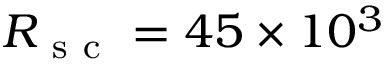
R _ { \mathrm { ~ s ~ c ~ } } = 4 5 \times 1 0 ^ { 3 }